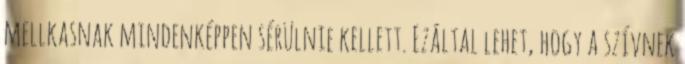
mellkasnak mindenképpen sérülnie kellett. Ezáltal lehet, hogy a szívnek